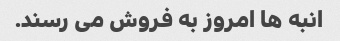
انبه ها امروز به فروش می رسند.